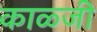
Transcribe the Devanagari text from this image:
काळ्जी